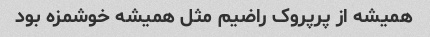
همیشه از پرپروک راضیم مثل همیشه خوشمزه بود